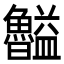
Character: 𥃠